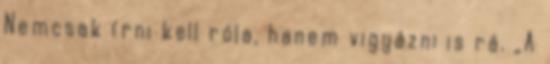
Nemcsak írni kell róla, hanem vigyázni is rá. „A